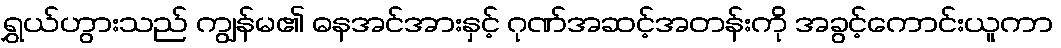
ရွှယ်ဟွားသည် ကျွန်မ၏ ဓနအင်အားနှင့် ဂုဏ်အဆင့်အတန်းကို အခွင့်ကောင်းယူကာ